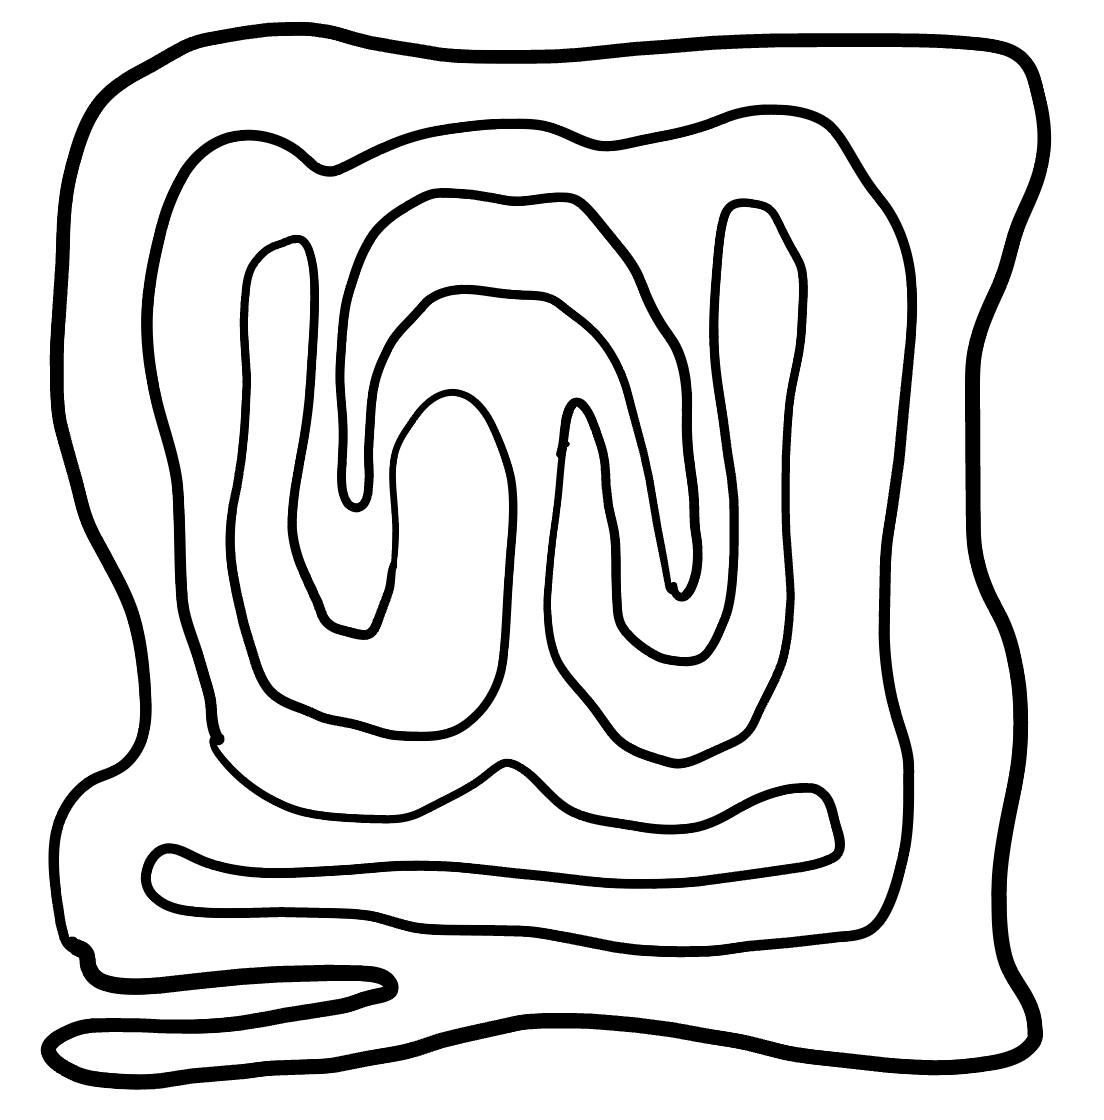
Number of regions (including the outer root region): 6
Containment tree edges (parent, child): 0, 1, 1, 2, 2, 3, 2, 4, 2, 5